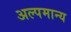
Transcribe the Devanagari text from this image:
अल्पमान्य